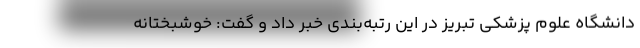
دانشگاه علوم پزشکی تبریز در این رتبه‌بندی خبر داد و گفت: خوشبختانه